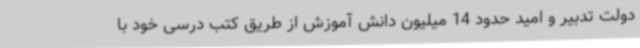
دولت تدبیر و امید حدود 14 میلیون دانش آموزش از طریق کتب درسی خود با